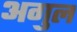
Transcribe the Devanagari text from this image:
अगुल